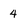
Character: 4